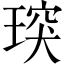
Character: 㻠